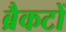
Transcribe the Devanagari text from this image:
ब्रैकटों